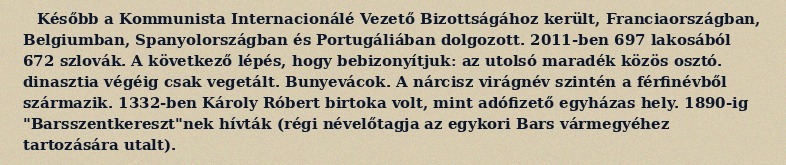
Később a Kommunista Internacionálé Vezető Bizottságához került, Franciaországban, Belgiumban, Spanyolországban és Portugáliában dolgozott. 2011-ben 697 lakosából 672 szlovák. A következő lépés, hogy bebizonyítjuk: az utolsó maradék közös osztó. dinasztia végéig csak vegetált. Bunyevácok. A nárcisz virágnév szintén a férfinévből származik. 1332-ben Károly Róbert birtoka volt, mint adófizető egyházas hely. 1890-ig "Barsszentkereszt"nek hívták (régi névelőtagja az egykori Bars vármegyéhez tartozására utalt).